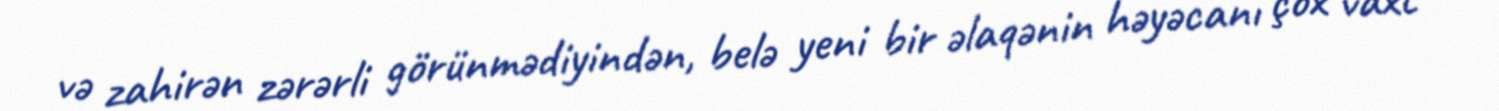
və zahirən zərərli görünmədiyindən, belə yeni bir əlaqənin həyəcanı çox vaxt